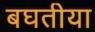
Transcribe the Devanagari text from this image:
बघतीया